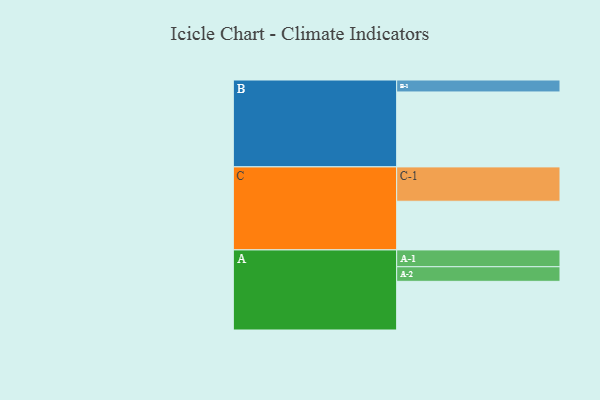
{"axis": {"x": "Segment", "y": "Value"}, "legend": ["", "A", "B", "C"], "data": [{"x": "A", "y": 350, "type": ""}, {"x": "B", "y": 539, "type": ""}, {"x": "C", "y": 350, "type": ""}, {"x": "A-1", "y": 121, "type": "A"}, {"x": "A-2", "y": 105, "type": "A"}, {"x": "B-1", "y": 86, "type": "B"}, {"x": "C-1", "y": 247, "type": "C"}]}